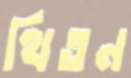
থিতন